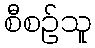
စီစဉ်သူ